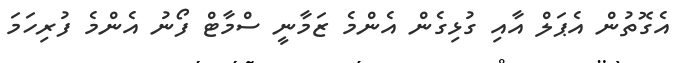
އެގޮތުން އެޕަލް އާއި ގުޅިގެން އެންމެ ޒަމާނީ ސްމާޓް ފޯނު އެންމެ ފުރިހަމަ